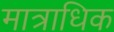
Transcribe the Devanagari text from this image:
मात्राधिक